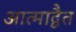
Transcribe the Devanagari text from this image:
आत्माद्वैत